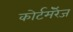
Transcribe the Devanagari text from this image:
कोर्टमॅरेज